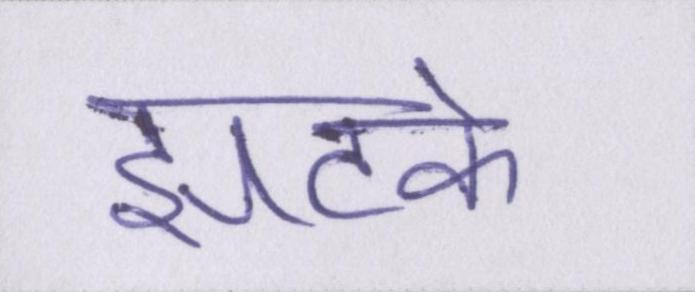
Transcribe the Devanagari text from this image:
झटके